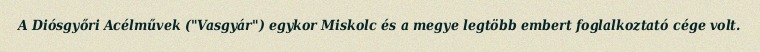
A Diósgyőri Acélművek ("Vasgyár") egykor Miskolc és a megye legtöbb embert foglalkoztató cége volt.